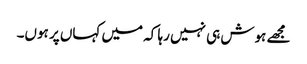
مجھے ہوش ہی نہیں رہا کہ میں کہاں پر ہوں۔